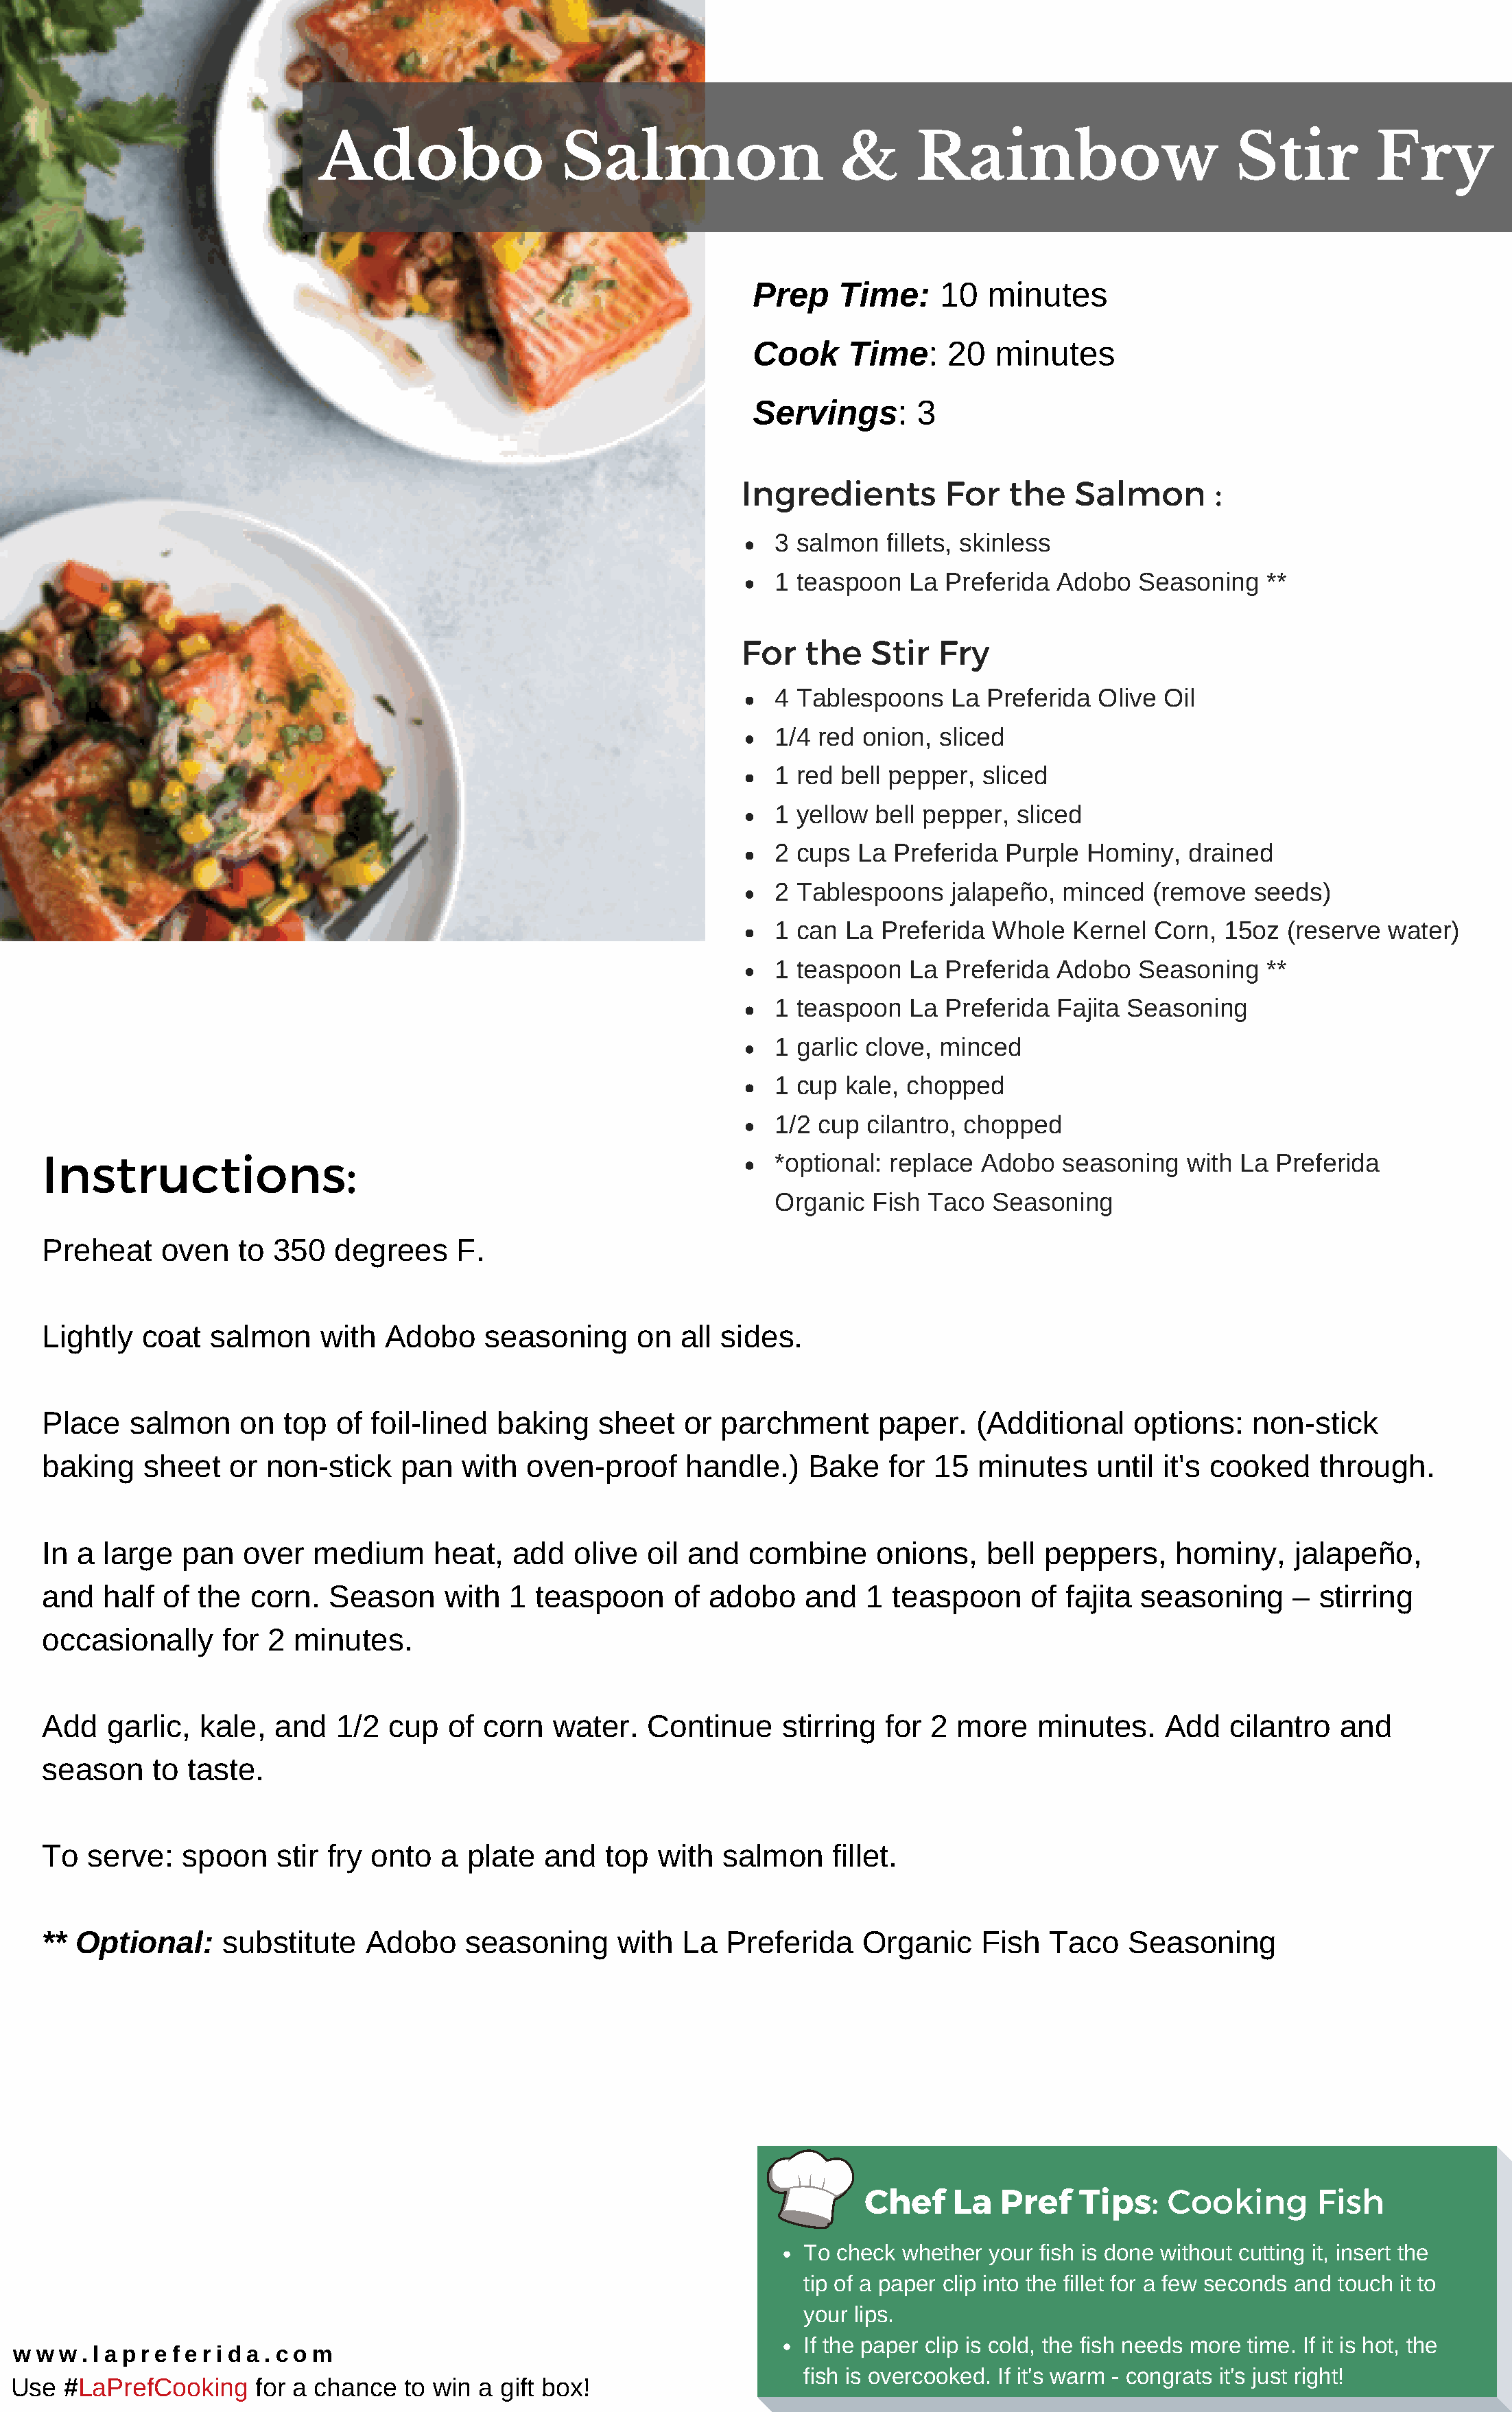
Adobo                  Salmon                     &      Rainbow                        Stir          Fry
 Prep    Time:     10  minutes
 Cook     Time:    20   minutes
 Servings:      3
 Ingredients        For   the    Salmon       :
 3 salmon   fillets, skinless
 1 teaspoon   La Preferida  Adobo   Seasoning   **
 For   the   Stir   Fry
 4 Tablespoons    La Preferida  Olive Oil
 1/4 red onion,  sliced
 1 red bell pepper,  sliced
 1 yellow bell pepper,  sliced
 2 cups  La Preferida  Purple  Hominy,   drained
 2 Tablespoons    jalapeño, minced   (remove   seeds)
 1 can  La Preferida  Whole  Kernel  Corn,  15oz  (reserve  water)
 1 teaspoon   La Preferida  Adobo   Seasoning   **
 1 teaspoon   La Preferida  Fajita Seasoning
 1 garlic clove, minced
 1 cup  kale, chopped
 1/2 cup  cilantro, chopped
 Instructions:
 *optional: replace  Adobo  seasoning   with  La Preferida
 Organic  Fish Taco   Seasoning
 Preheat     oven   to 350   degrees     F.
 Lightly   coat  salmon     with  Adobo     seasoning     on   all sides.
 Place   salmon     on  top  of  foil-lined  baking    sheet   or  parchment      paper.   (Additional    options:    non-stick
 baking    sheet   or  non-stick    pan   with  oven-proof     handle.)    Bake    for 15  minutes     until it's cooked    through.
 In a  large   pan  over   medium      heat,  add   olive  oil and   combine      onions,   bell  peppers,    hominy,     jalapeño,
 and   half  of the  corn.   Season     with  1  teaspoon     of adobo     and   1 teaspoon     of  fajita seasoning      – stirring
 occasionally     for  2 minutes.
 Add   garlic,  kale,  and   1/2  cup   of  corn  water.   Continue     stirring  for  2 more    minutes.    Add    cilantro  and
 season     to taste.
 To  serve:    spoon    stir fry onto   a plate  and   top  with   salmon    fillet.
 ** Optional:     substitute    Adobo     seasoning      with  La  Preferida    Organic     Fish  Taco    Seasoning
 Chef     La  Pref    Tips:    Cooking       Fish
 To check whether your fish is done without cutting it, insert the
 tip of a paper clip into the fillet for a few seconds and touch it to
 your lips.
 If the paper clip is cold, the fish needs more time. If it is hot, the
 w w  w . l a p r e f e r i d a . c o m
 fish is overcooked. If it's warm - congrats it's just right!
 Use  #LaPrefCooking     for a chance  to win a gift box!